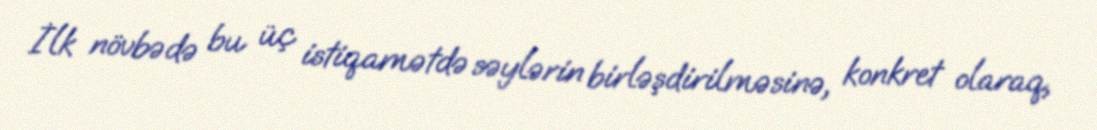
İlk növbədə bu üç istiqamətdə səylərin birləşdirilməsinə, konkret olaraq,